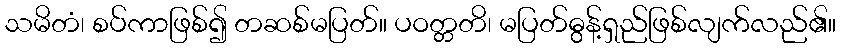
သမိတံ၊ စပ်ကာဖြစ်၍ တဆစ်မပြတ်။ ပဝတ္တတိ၊ မပြတ်ဓွန့်ရှည်ဖြစ်လျက်လည်၏။